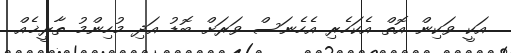
އަކީ ވަކިން އޮތް އެކަހެރި އެހެނަސް ވަރަށް ބޮޑު އަދި މުހިންމު ތާރީޚެއް